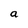
Character: a